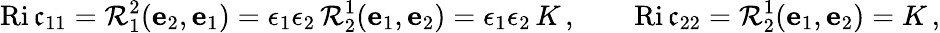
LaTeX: \operatorname{Ri\mathfrak{c}}_{11}=\mathcal{{R}}^{2}_{1}(\mathbf{{e}}_{2},\mathbf{{e}}_{1})=\epsilon_{1}\epsilon_{2}\, \mathcal{{R}}^{1}_{2}(\mathbf{{e}}_{1},\mathbf{{e}}_{2})=\epsilon_{1}\epsilon_{2}\, K\, ,\qquad\operatorname{Ri\mathfrak{c}}_{22}=\mathcal{{R}}^{1}_{2}(\mathbf{{e}}_{1},\mathbf{{e}}_{2})=K\, ,